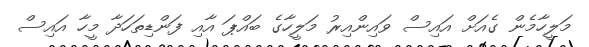
މަލީހާމެން ގެއަށް އައިސް ވައިންއިރު މަލީހާގެ ބައްޕަ އާއި ފަންޑިތަހަދާ މީހާ އައިސް